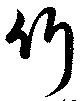
竹